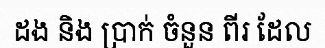
ដង និង ប្រាក់ ចំនួន ពីរ ដែល